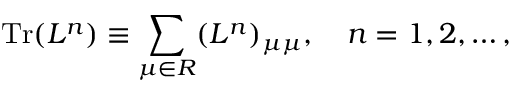
\mathrm { T r } ( L ^ { n } ) \equiv \sum _ { \mu \in { \cal R } } ( L ^ { n } ) _ { \mu \mu } , \quad n = 1 , 2 , \ldots ,